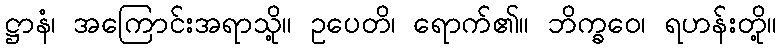
ဋ္ဌာနံ၊ အကြောင်းအရာသို့။ ဥပေတိ၊ ရောက်၏။ ဘိက္ခဝေ၊ ရဟန်းတို့။